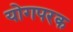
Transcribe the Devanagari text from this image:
योगपरक